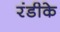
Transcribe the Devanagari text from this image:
रंडीके